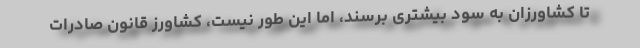
تا کشاورزان به سود بیشتری برسند، اما این طور نیست، کشاورز قانون صادرات